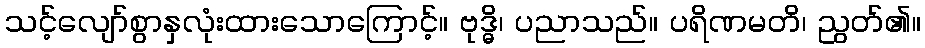
သင့်လျော်စွာနှလုံးထားသောကြောင့်။ ဗုဒ္ဓိ၊ ပညာသည်။ ပရိဏမတိ၊ ညွတ်၏။